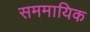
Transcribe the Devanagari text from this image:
सममायिक